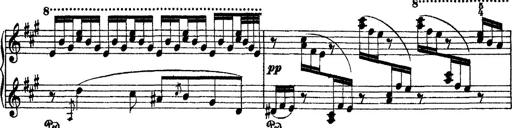
Title: 2 KonzertetÃ¼den
Composer: Franz Liszt